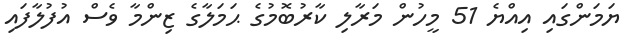
ޔަމަންގައި އިއްޔެ 51 މީހުން މަރާލި ކާރުބޮމުގެ ޙަމަލާގެ ޒިންމާ ވެސް އުފުލާފައި